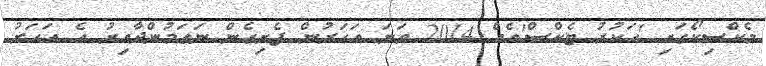
މެކްސިކޯގައި 'ހަކުރު ޓެކްސް'އެއް 2014 ވަނަ އަހަރުން ފެށިގެން ނަގަމުންދާއިރު އެ އަހަރު